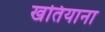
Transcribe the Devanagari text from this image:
खतियाना